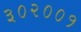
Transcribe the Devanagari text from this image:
३०२००१